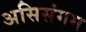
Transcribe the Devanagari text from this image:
असिसंगम